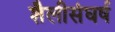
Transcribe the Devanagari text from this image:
शैलीसंघर्ष